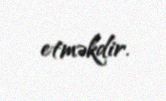
etməkdir.